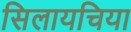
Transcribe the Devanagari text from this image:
सिलायचिया